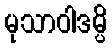
မုသာဝါဒမ္ပိ